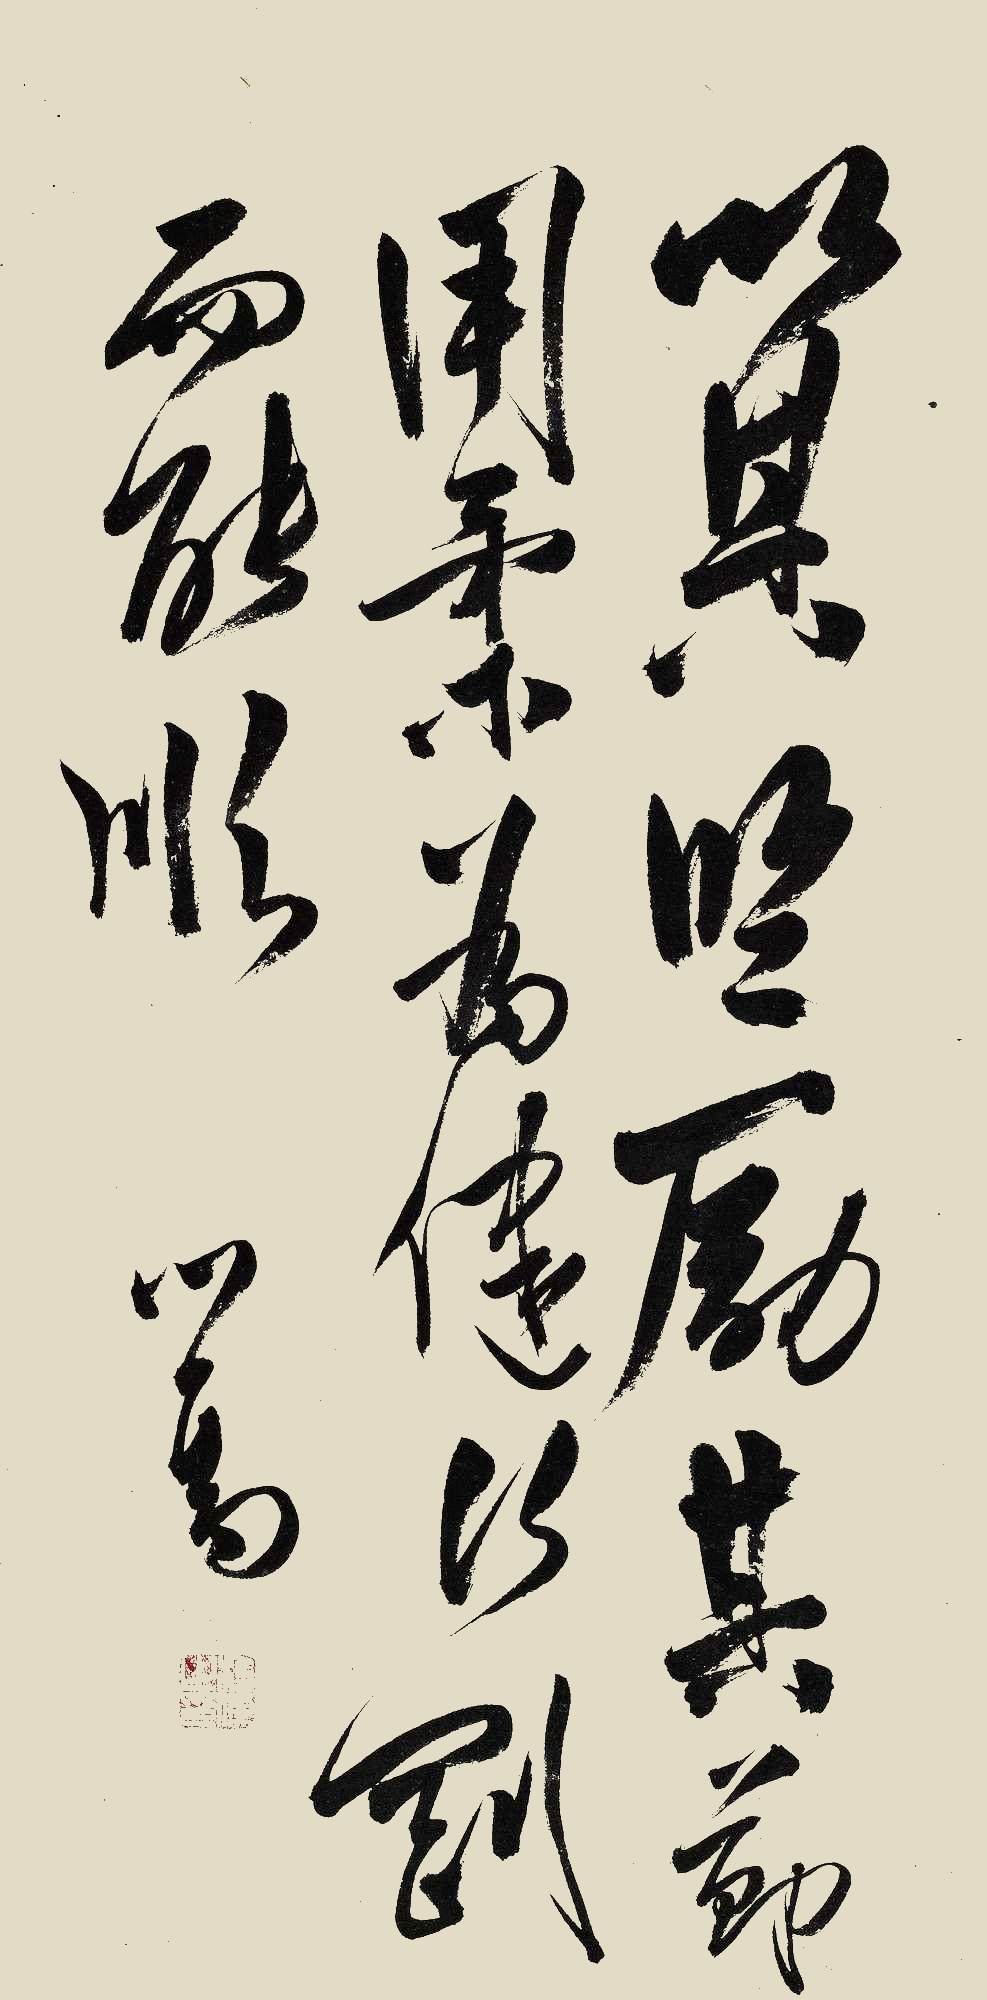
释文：以其坚，励其节，用柔为健行刚而能顺。心畬。